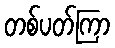
တစ်ပတ်ကြာ